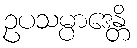
ဥပသမ္ပာဒေန္တိ